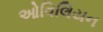
ઓવિલિયન